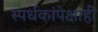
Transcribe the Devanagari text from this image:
स्पर्धकांपेक्षाही